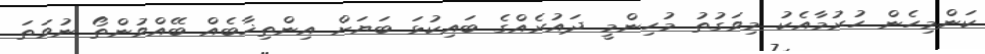
ކަންމިހެން ހުރުމާއެކު މިވަގުތު މުހިންމީ ދައުރެއްގެ ބައިކުޅަ ބަޔަށް އިންތިޚާބެއް ބޭއްވުންތޯ ނުވަތަ